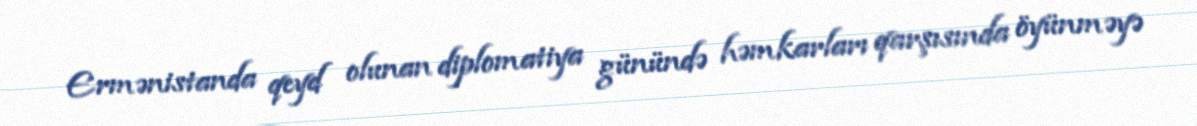
Ermənistanda qeyd olunan diplomatiya günündə həmkarları qarşısında öyünməyə